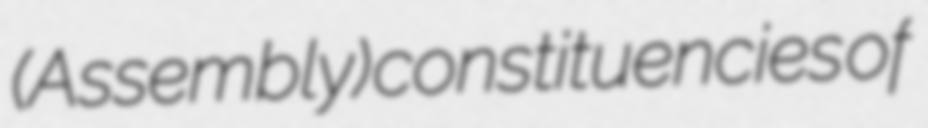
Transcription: (Assembly) constituencies of